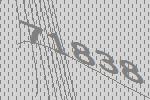
71838